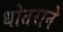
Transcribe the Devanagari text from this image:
धोतराने